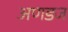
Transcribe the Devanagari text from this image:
अणडज